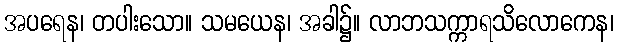
အပရေန၊ တပါးသော။ သမယေန၊ အခါ၌။ လာဘသက္ကာရသိလောကေန၊